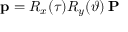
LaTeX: \mathbf { p } = R _ { x } ( \tau ) R _ { y } ( \vartheta ) \, \mathbf { P }